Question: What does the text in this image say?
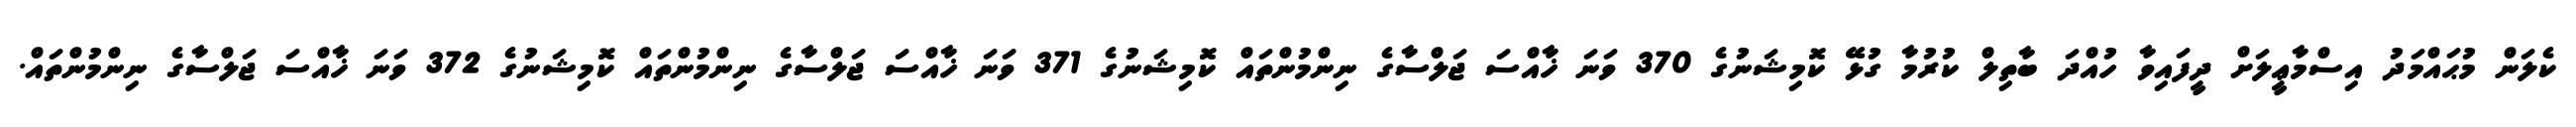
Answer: ކެލަން މުޙައްމަދު އިސްމާޢީލަށް ދީފައިވާ ހުއްދަ ބާތިލް ކުރުމާ ގުޅޭ ކޮމިޝަނުގެ 370 ވަނަ ޚާއްސަ ޖަލްސާގެ ނިންމުންތައް ކޮމިޝަނުގެ 371 ވަނަ ޚާއްސަ ޖަލްސާގެ ނިންމުންތައް ކޮމިޝަނުގެ 372 ވަނަ ޚާއްސަ ޖަލްސާގެ ނިންމުންތައް.